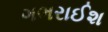
ગભરાઈશ